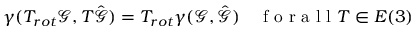
\gamma ( T _ { r o t } \mathcal { G } , T \hat { \mathcal { G } } ) = T _ { r o t } \gamma ( \mathcal { G } , \hat { \mathcal { G } } ) \quad \mathrm { ~ f ~ o ~ r ~ a ~ l ~ l ~ } T \in E ( 3 )